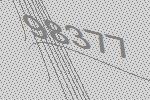
98377